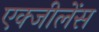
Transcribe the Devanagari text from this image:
एक्जीलेंस